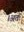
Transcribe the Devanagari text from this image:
।अतः